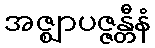
အဇ္ဈာပဇ္ဇန္တီနံ